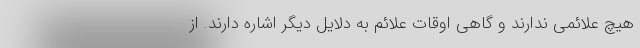
هیچ علائمی ندارند و گاهی اوقات علائم به دلایل دیگر اشاره دارند. از